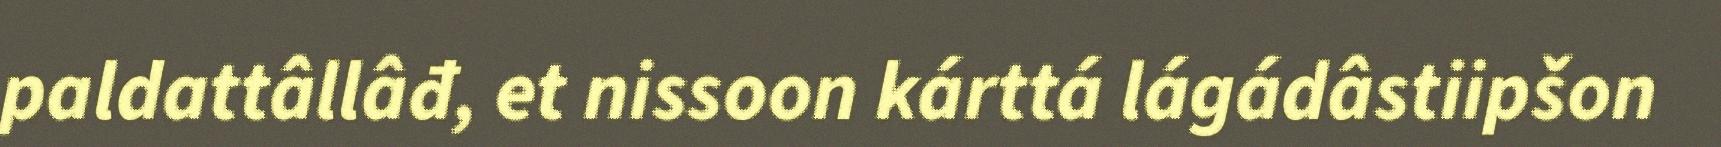
paldattâllâđ, et nissoon kárttá lágádâstiipšon